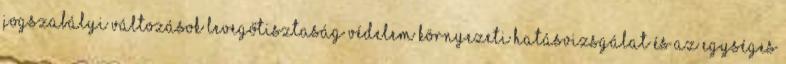
jogszabályi változások Levegőtisztaság védelem Környezeti hatásvizsgálat és az egységes